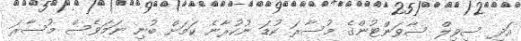
އަދި ސިވިލް ސާވަންޓުންގެ މުސާރަ ކުޑަ ނުކުރާނެ ކަމަށް ބުނި ނަމަވެސް މުސާރަ